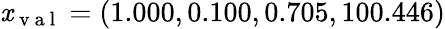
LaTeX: \mathit{x}_{\mathrm{{~v~a~l~}}}=(1.000,0.100,0.705,100.446)